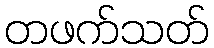
တဖက်သတ်